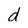
Character: d